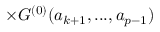
\times { G } ^ { ( 0 ) } ( a _ { k + 1 } , . . . , a _ { p - 1 } )